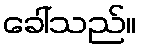
ခေါ်သည်။